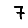
Digit: 7